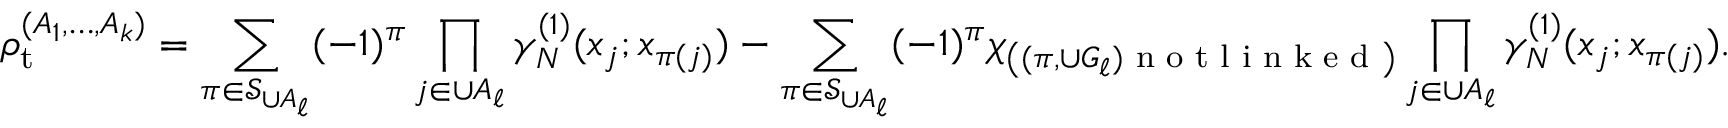
\rho _ { \mathrm { t } } ^ { ( A _ { 1 } , \ldots , A _ { k } ) } = \sum _ { \pi \in \mathcal { S } _ { \cup A _ { \ell } } } ( - 1 ) ^ { \pi } \prod _ { j \in \cup A _ { \ell } } \gamma _ { N } ^ { ( 1 ) } ( x _ { j } ; x _ { \pi ( j ) } ) - \sum _ { \pi \in \mathcal { S } _ { \cup A _ { \ell } } } ( - 1 ) ^ { \pi } \chi _ { \left( ( \pi , \cup G _ { \ell } ) \textnormal { n o t l i n k e d } \right) } \prod _ { j \in \cup A _ { \ell } } \gamma _ { N } ^ { ( 1 ) } ( x _ { j } ; x _ { \pi ( j ) } ) .